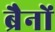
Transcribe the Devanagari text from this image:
ब्रैनों